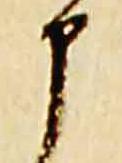
申